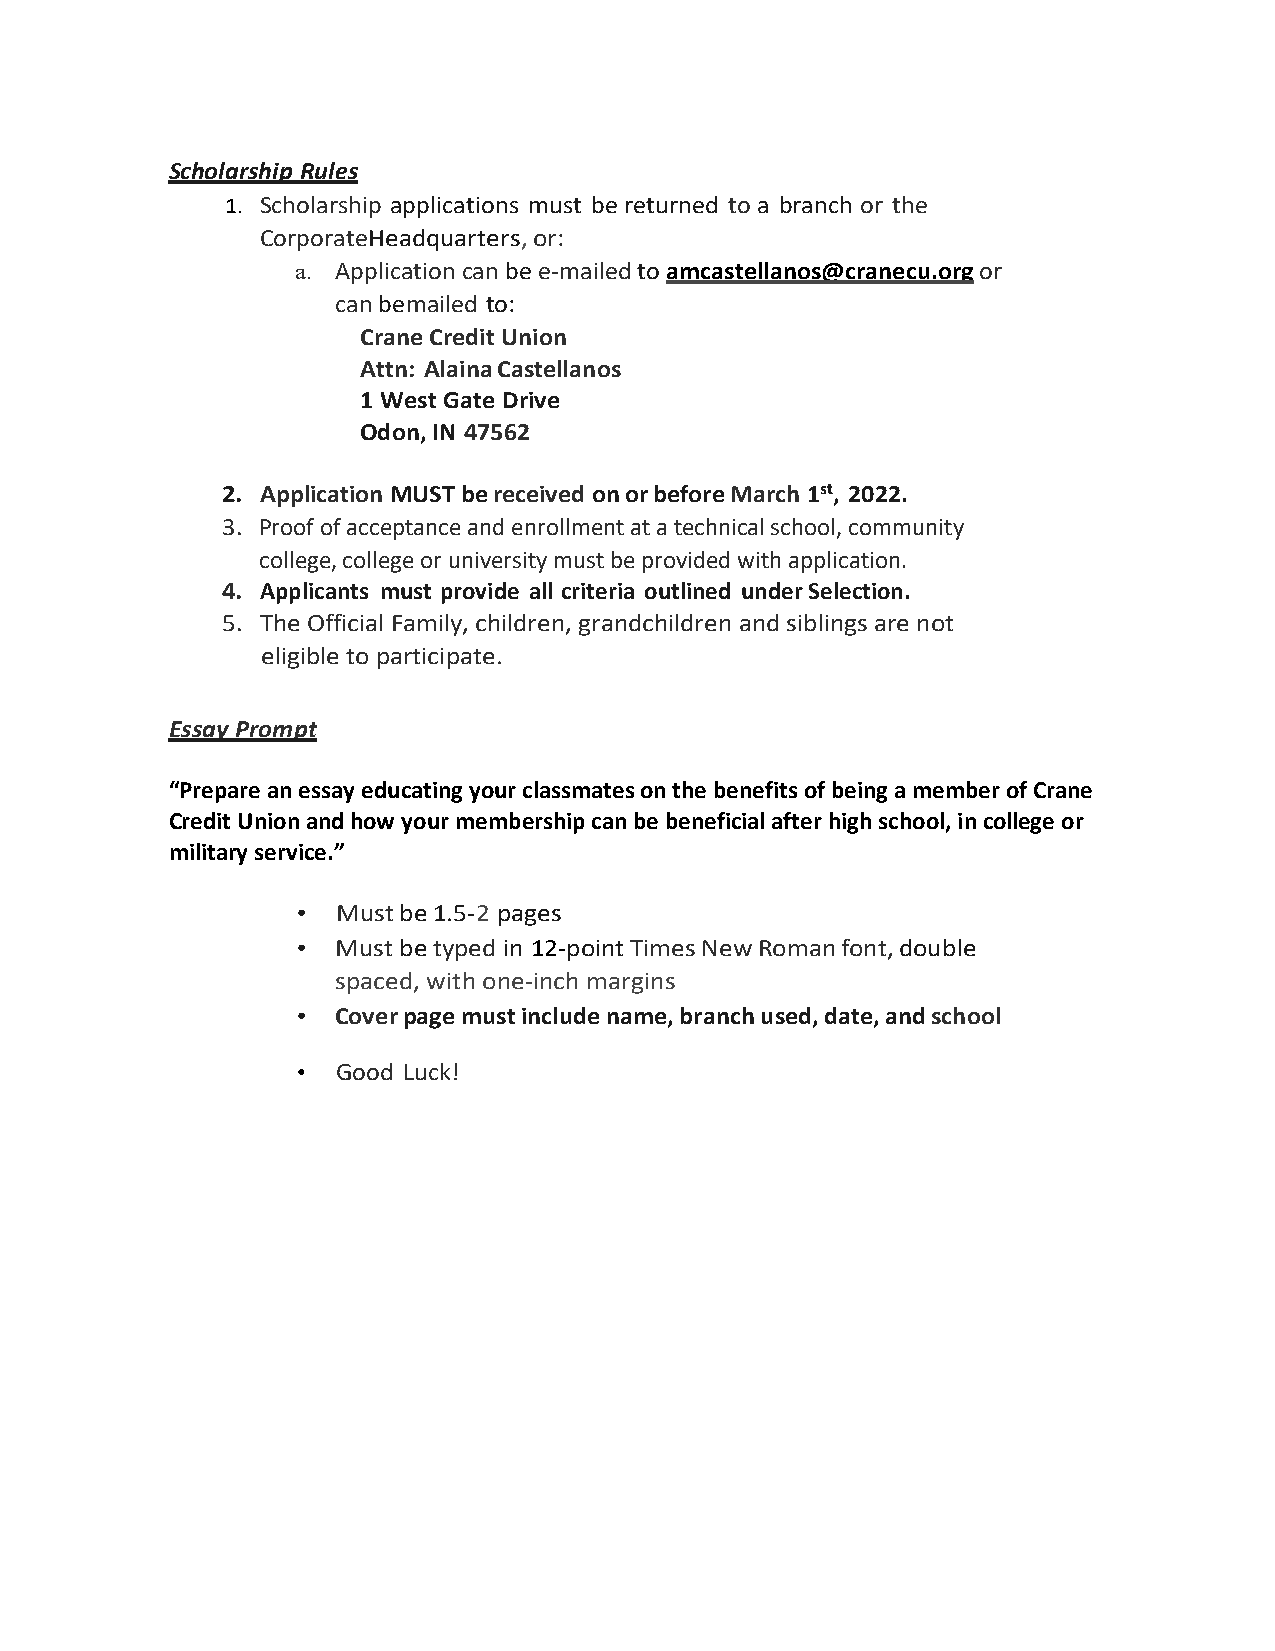
Scholarship Rules
 1. Scholarship applications must be returned to a branch or the
 Corporate Headquarters, or:
 a. Application can be e-mailed to amcastellanos@cranecu.org or
 can be mailed to:
 Crane Credit Union
 Attn: Alaina Castellanos
 1 West Gate Drive
 Odon, IN 47562
 2. Application MUST be received on or before March 1st, 2022.
 3. Proof of acceptance and enrollment at a technical school, community
 college, college or university must be provided with application.
 4. Applicants must provide all criteria outlined under Selection.
 5. The Official Family, children, grandchildren and siblings are not
 eligible to participate.
 Essay Prompt
 “Prepare an essay educating your classmates on the benefits of being a member of Crane
 Credit Union and how your membership can be beneficial after high school, in college or
 military service.”
 • Must be 1.5-2 pages
 • Must be typed in 12-point Times New Roman font, double
 spaced, with one-inch margins
 • Cover page must include name, branch used, date, and school
 • Good Luck!